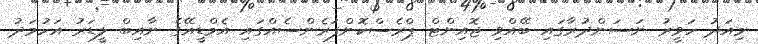
މިއަދު ހަވީރު ނަސަންދުރާގައި ބޭއްވި ޖޮއިންޓް ޕްރެސްކޮންފަރެންސެއްގައި އެމްޑީއޭގެ ނާއިބް ލީޑަރު އަހުމަދު